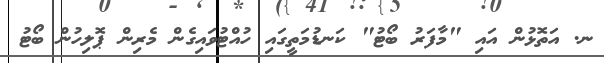
ނ. އަތޮޅުން އައި "މާފަރު ބޯޓު" ކަނޑުމަތީގައި ހުއްޓުވައިގެން މެރިން ޕޮލިހުން ބޯޓު